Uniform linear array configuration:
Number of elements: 32
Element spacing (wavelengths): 0.5
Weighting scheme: cosine
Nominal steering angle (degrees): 15
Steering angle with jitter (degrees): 13.436
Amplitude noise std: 0.05
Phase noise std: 0.05

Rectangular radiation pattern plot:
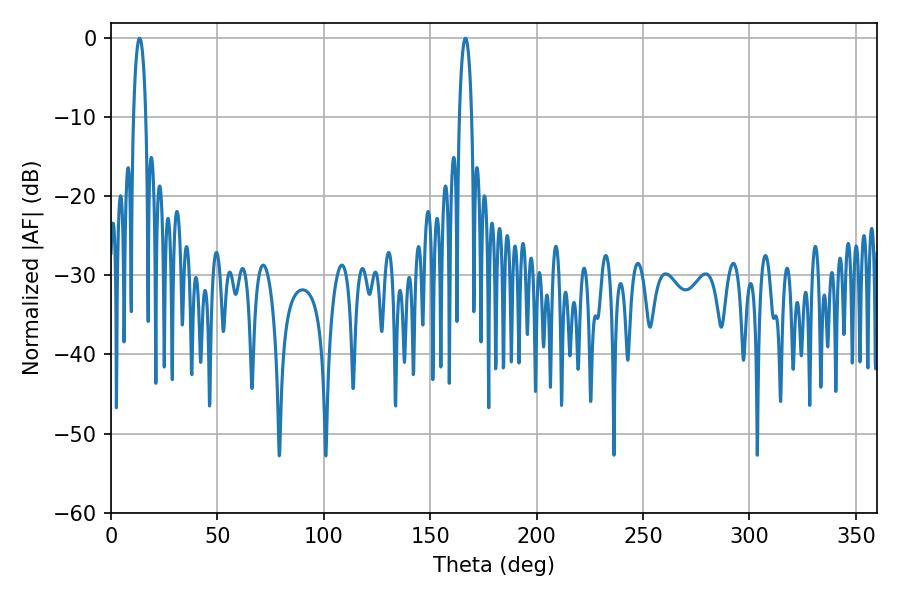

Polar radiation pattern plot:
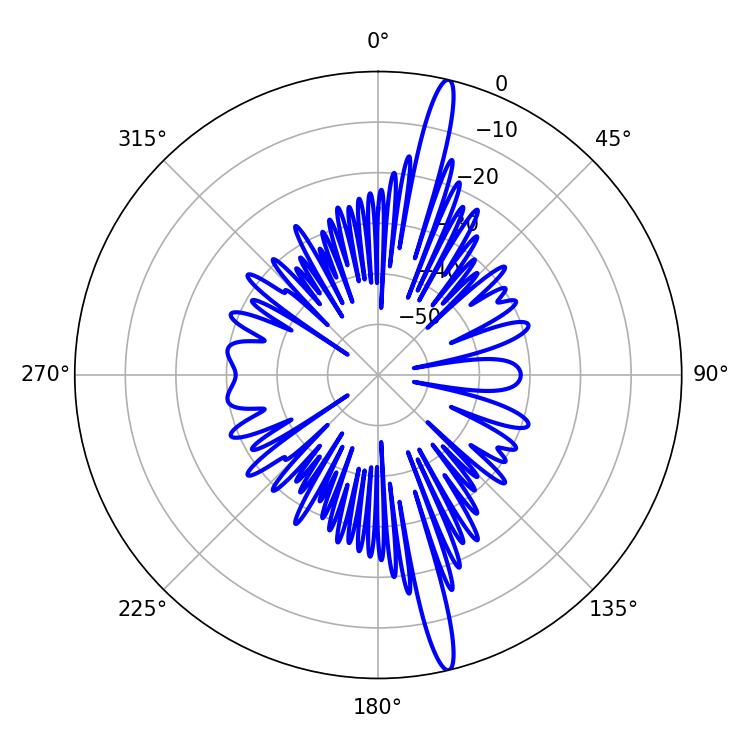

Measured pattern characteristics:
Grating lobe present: FALSE
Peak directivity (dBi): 18.275
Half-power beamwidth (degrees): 3.24
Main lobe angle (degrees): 13.5